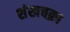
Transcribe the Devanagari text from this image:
शंखचक्रा